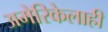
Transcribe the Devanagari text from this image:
अमेरिकेलाही